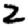
Digit: 2